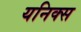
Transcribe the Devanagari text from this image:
यनिक्स